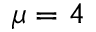
\mu = 4